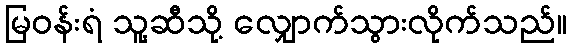
မြဝန်းရံ သူ့ဆီသို့ လျှောက်သွားလိုက်သည်။